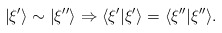
\begin{align*}|\xi'\rangle\sim|\xi''\rangle\Rightarrow \langle\xi'|\xi'\rangle =\langle\xi''|\xi''\rangle.\end{align*}